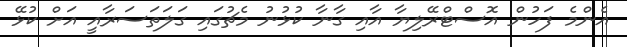
އެންމެ ފަހުން އޮސްޓްރޭލިޔާ އާއި ގާނާ ކުޅުނު މެޗުގައި ގަލަތަސަރާއީ އަށް ކުޅޭ